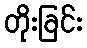
တိုးခြင်း